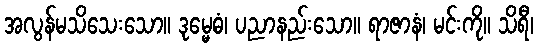
အလွန်မသိသေးသော။ ဒုမ္မေဓံ၊ ပညာနည်းသော။ ရာဇာနံ၊ မင်းကို။ သိရီ၊